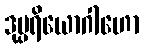
ဒုပ္ပရိယောဂါဟော